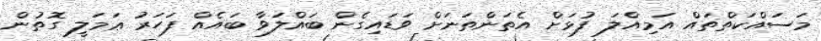
މަސައްކަތްތައް އަމިއްލަ ފުޅަށް އެތަންތަނަށް ވަޑައިގެން ބައްލަވާ ބައެއް ފަހަރު ޢަމަލީ ގޮތުން